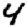
Digit: 4